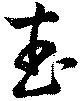
武